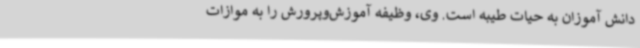
دانش آموزان به حیات طیبه است. وی، وظیفه آموزش‌وپرورش را به موازات